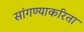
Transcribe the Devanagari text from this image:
सांगण्याकरिता